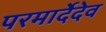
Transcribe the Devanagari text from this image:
परमार्देदेव